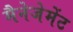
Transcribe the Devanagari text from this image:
मैनेजेमेंट